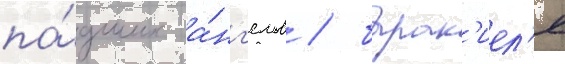
па́дших а́нг'елов / барак'иел'я